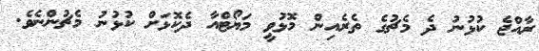
ރާއްޖެ ކުޅުނު ދެ މެޗުގެ ތެރެއިން މޮޅުވީ މަޔޯޓްއާ ދެކޮޅަށް ކުޅުނު މެޗުންނެވެ.